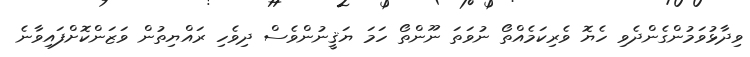
ވިދާޅުވަމުންގެންދެވި ހެޔޮ ވެރިކަމެއްތޯ ނުވަތަ ނޫންތޯ ހަމަ ޔަޤީނުންވެސް ދިވެހި ރައްޔިތުން ވަޒަންކޮށްފައިވާނެ